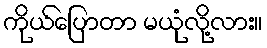
ကိုယ်ပြောတာ မယုံလို့လား။